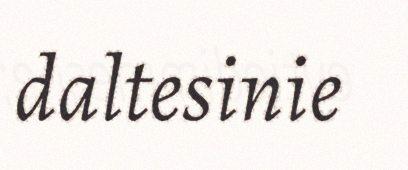
daltesinie